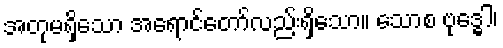
အတုမရှိသော အရောင်တော်လည်းရှိသော။ သောစ ဗုဒ္ဓေါ၊